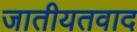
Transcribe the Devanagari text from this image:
जातीयतवाद